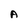
Character: A